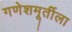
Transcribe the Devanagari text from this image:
गणेशमूर्तीला